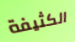
الكثيفة